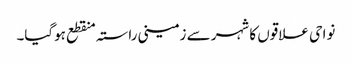
نواحی علاقوں کا شہر سے زمینی راستہ منقطع ہوگیا۔